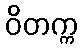
ဝိတက္က